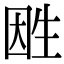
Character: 𤯠